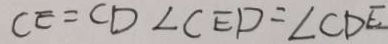
C E = C D \angle C E D = \angle C D E